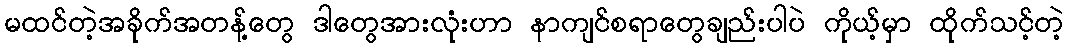
မထင်တဲ့အခိုက်အတန့်တွေ ဒါတွေအားလုံးဟာ နာကျင်စရာတွေချည်းပါပဲ ကိုယ့်မှာ ထိုက်သင့်တဲ့